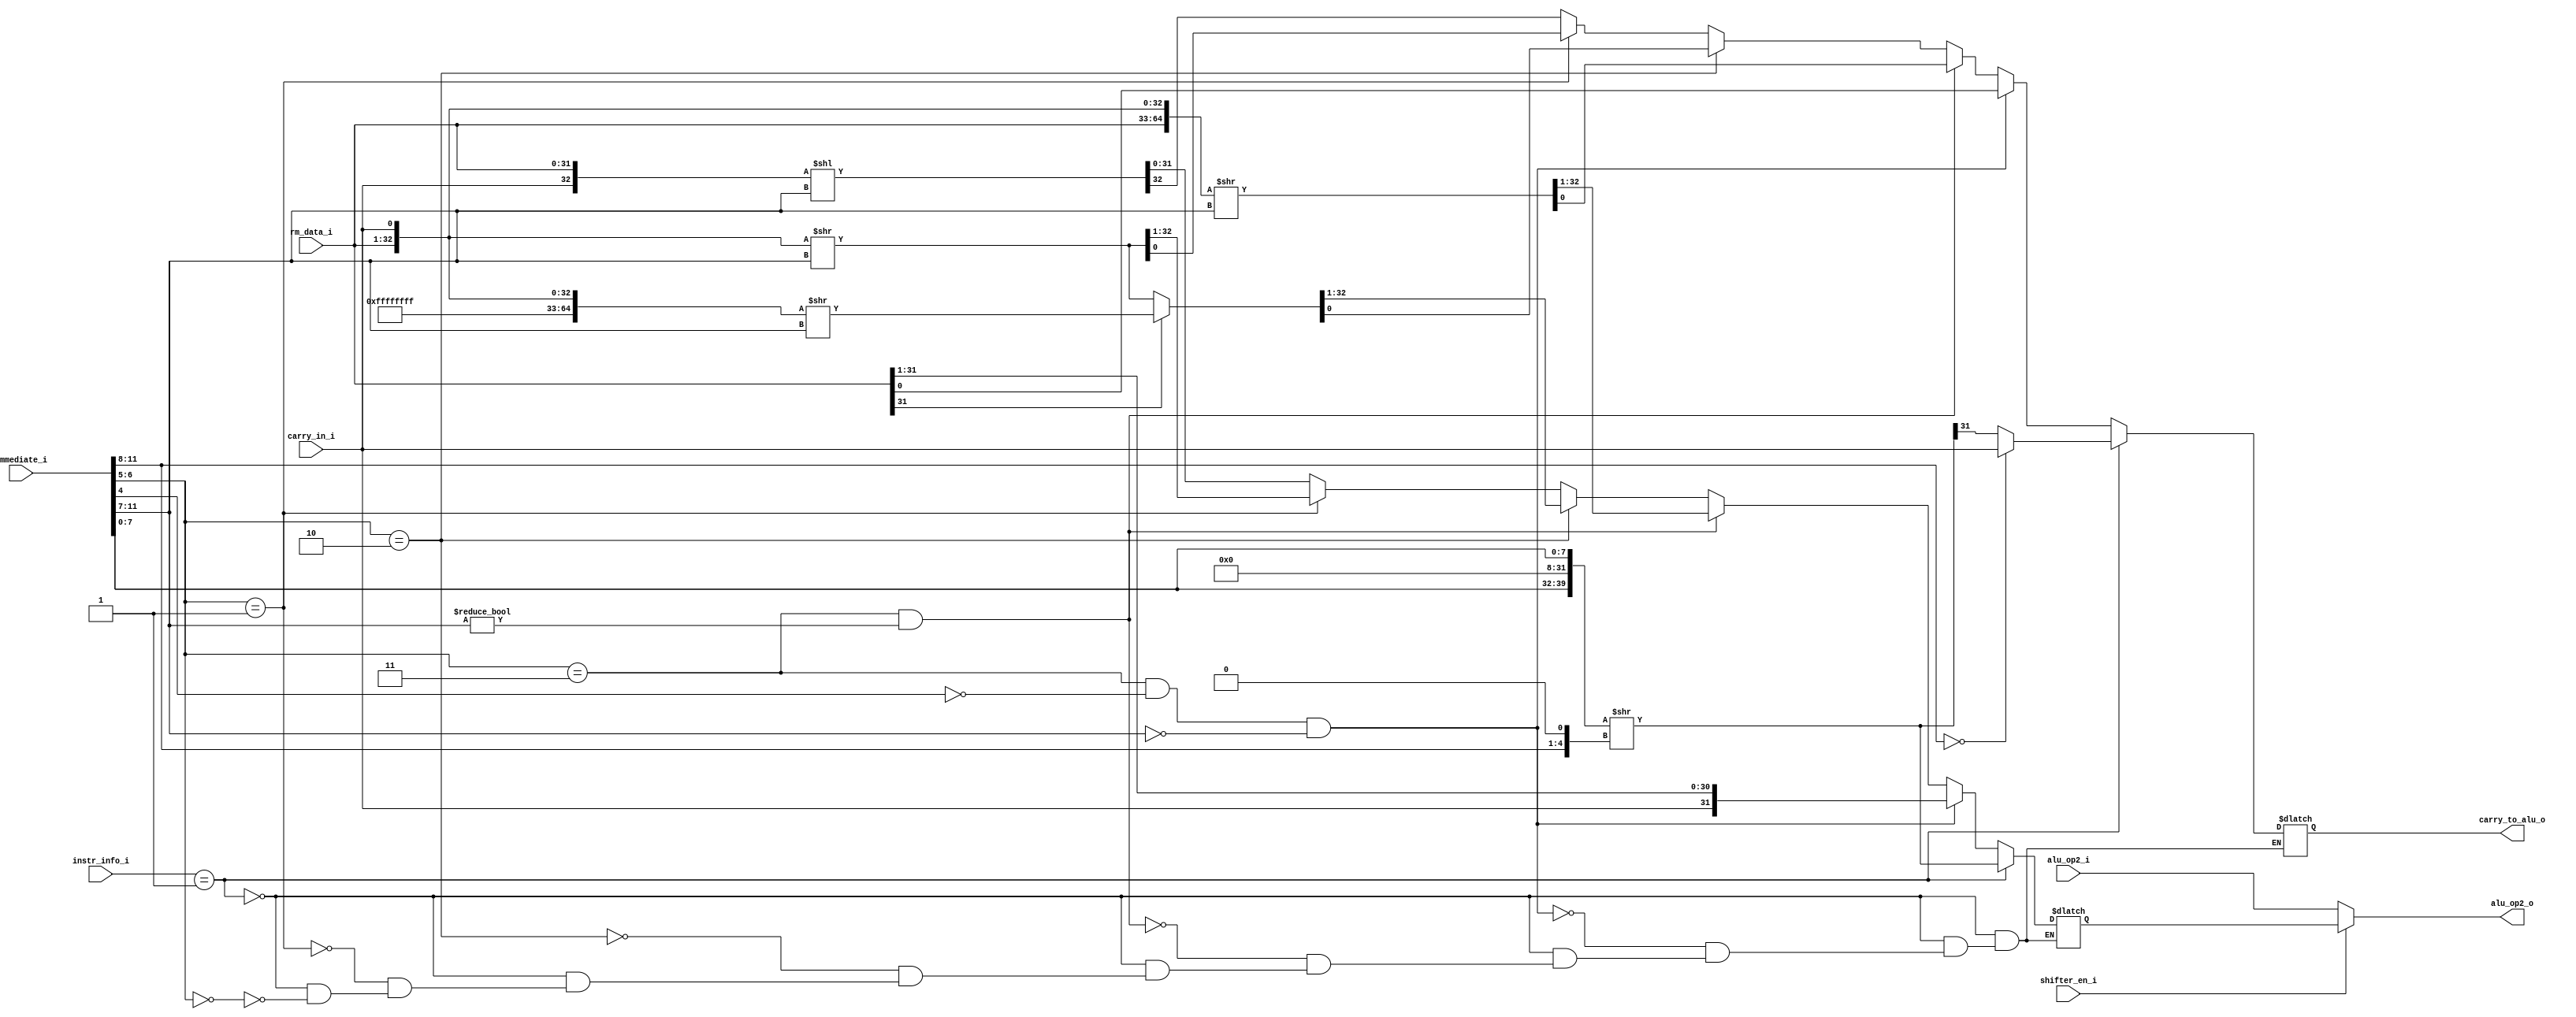
module shifter
	( input [31:0] alu_op2_i
  , input [2:0] instr_info_i // instr[27:25]
	, input shifter_en_i
	, input [11:0] immediate_i
	, input [31:0] rm_data_i
	, input carry_in_i
	, output wire [31:0] alu_op2_o
	, output reg carry_to_alu_o
	);

	reg [31:0] temp;
	reg [31:0] out, unused;
	reg [7:0] shiftby; // no. bits to be shifted

	assign alu_op2_o = shifter_en_i ? out : alu_op2_i ;

	always @(*) begin
		if ( instr_info_i == 3'b001 ) begin // rotate shift right on 8bit immediate
			temp = { 24'd0, immediate_i[7:0] };
			shiftby = {3'd0, immediate_i[11:8], 1'b0};  // #rot left shift 1 bit, actually equals 2*#rot
			{ unused, out } = { temp, temp } >> shiftby;

			if (shiftby == 0)
        carry_to_alu_o = carry_in_i;
			else
        carry_to_alu_o = out[31];
		end

		else begin // support rm shifted by immediate does not support rm shifted by rs
    // immediate_i[6:5] is shift_type
    // 00 logical shift left (arith shift left is the same as lsl)
    // 01 logical shift right
    // 10 arith shift right
    // 11 rotate shift right / rrx when immediate is 0
    // logicl shift left by immediate

      if (immediate_i[6:5] == 2'b00)  begin //&& (immediate_i[4] == 0)
        temp = rm_data_i;
        { carry_to_alu_o, out } = {carry_in_i ,temp} << immediate_i[11:7];
        end
      // logicl shift right by immediate
      if (immediate_i[6:5] == 2'b01) begin //&& (immediate_i[4] == 0)
        temp = rm_data_i;
        { out, carry_to_alu_o } = { temp, carry_in_i} >> immediate_i[11:7];
        end
      // arith shift right by immediate
      if (immediate_i[6:5] == 2'b10) begin //&& (immediate_i[4] == 0)
  		  temp = rm_data_i;
  			if (temp[31]) // if negative
          { unused, out, carry_to_alu_o } = { 32'hFFFFFFFF, temp, carry_in_i } >> immediate_i[11:7];
  			else
          { out, carry_to_alu_o } = { temp, carry_in_i } >> immediate_i[11:7];
  			end
      // rotate shift right by immediate
      if ( (immediate_i[6:5] == 2'b11) && (immediate_i[11:7] != 5'd0) ) begin //&& (immediate_i[4] == 0)
				temp = rm_data_i;
				{ unused, out, carry_to_alu_o } = {temp,temp,carry_in_i} >> immediate_i[11:7];
  			end
      // rotate shift right by immediate w/ expanison the same as ROR#0
      if ( (immediate_i[6:5] == 2'b11) && (immediate_i[4] == 0) && (immediate_i[11:7] == 5'd0) ) begin
        temp = rm_data_i;
        {out, carry_to_alu_o} = {carry_in_i, temp};
        end
		end
	end
endmodule